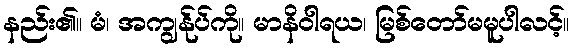
နည်း၏။ မံ၊ အကျွန်ုပ်ကို။ မာနိဝါရယ၊ မြစ်တော်မမူပါလင့်။